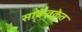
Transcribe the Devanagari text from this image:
साकेतकेत